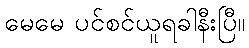
မေမေ ပင်စင်ယူရခါနီးပြီ။